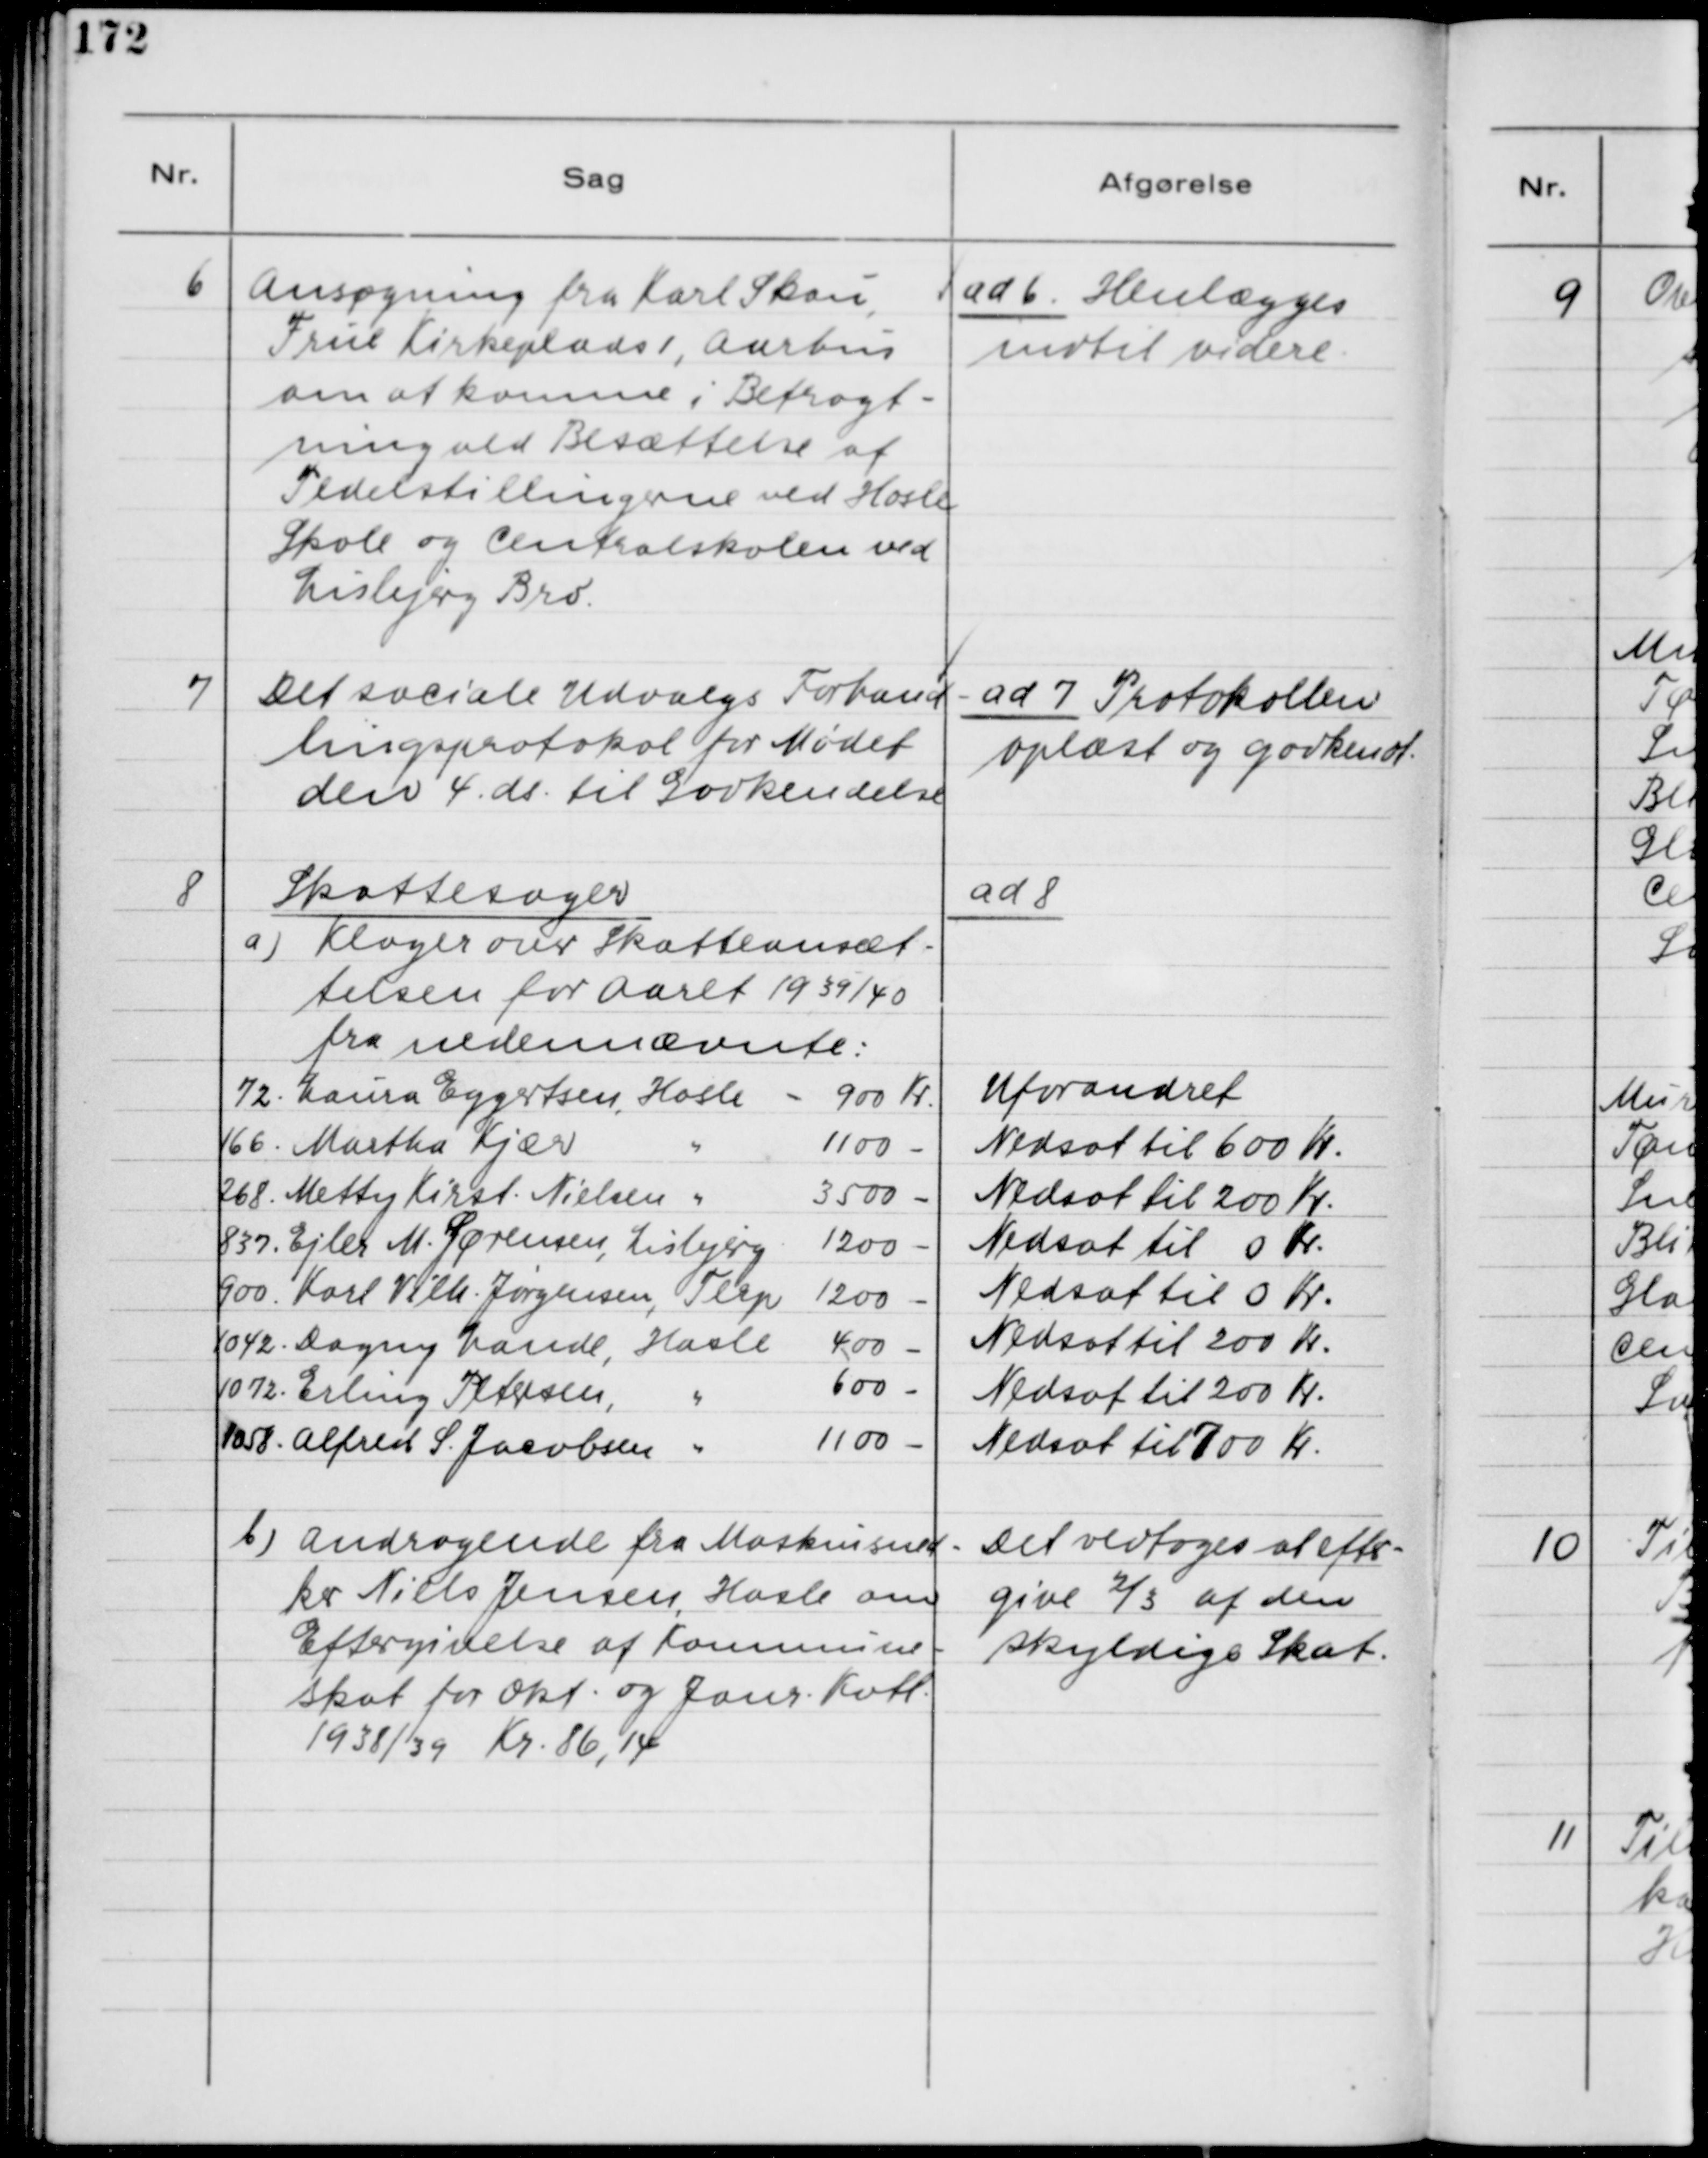
Transskription:
6
Ansøgning fra Karl Skau,
Frue Kirkeplads 1, Aarhus
om at komme i Betragt-
ning ved Besættelse af
Pedelstillingen ved Hasle
Skole og Centralskolen ved
Lisbjerg Bro

ad 6. Henlægges
indtil videre

7
Det sociale Udvalgs Forhand-
lingsprotokol for Mødet
den 4. ds. til Godkendelse.

ad 7. Protokollen
oplæst og godkendt.

8
Skattesager.
a) Klager over Skatteansæt-
telsen for Aaret 1939/40
fra nedennævnte:

ad 8.

b) Andragende fra Maskinsned-
ker Niels Jensen, Hasle om
Eftergivelse af Kommune-
skat for Okt. og Janr. Kvtl.
1938/39 Kr. 86,14

Det vedtoges at efter-
give 2/3 af den
skyldige Skat.